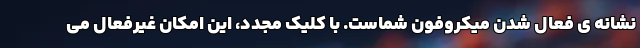
نشانه ی فعال شدن میکروفون شماست. با کلیک مجدد، این امکان غیرفعال می